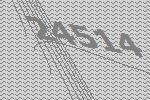
24514